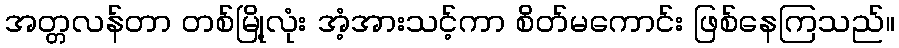
အတ္တလန်တာ တစ်မြို့လုံး အံ့အားသင့်ကာ စိတ်မကောင်း ဖြစ်နေကြသည်။